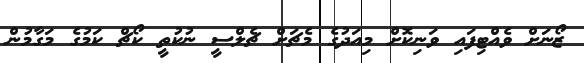
ޒޯނަށް ވެއްޓިފައި ވަނިކޮށް މިއަދުގެ މެޗަށް ޗެލްސީ ނުކުތީ ކޯޗް ކަމުގެ މަގާމުން